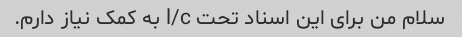
سلام من برای این اسناد تحت l/c به کمک نیاز دارم.